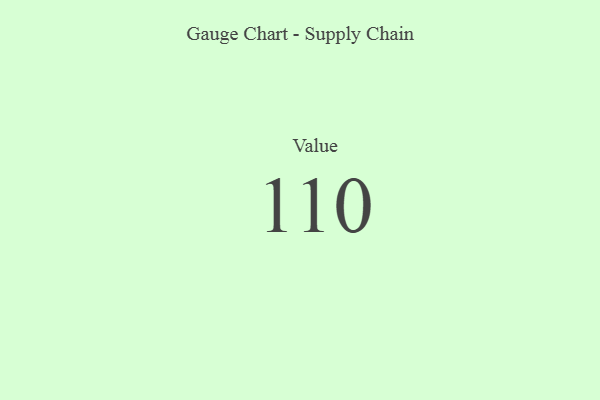
{"axis": {"x": "Metric", "y": "Value"}, "legend": [""], "data": [{"x": "Value", "y": 110, "type": ""}]}